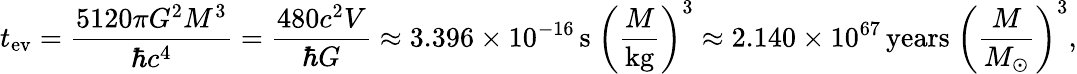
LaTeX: t_{\mathrm{ev}}={\frac{5120\pi G^{2}M^{3}}{\hbar c^{4}}}={\frac{480c^{2}V}{\hbar G}}\approx 3.396\times 10^{-16}\, \mathrm{s}\ \left({\frac{M}{\mathrm{kg}}}\right)^{3}\approx 2.140\times 10^{67}\, {\mathrm{years}}\ \left({\frac{M}{M_{\odot}}}\right)^{3},